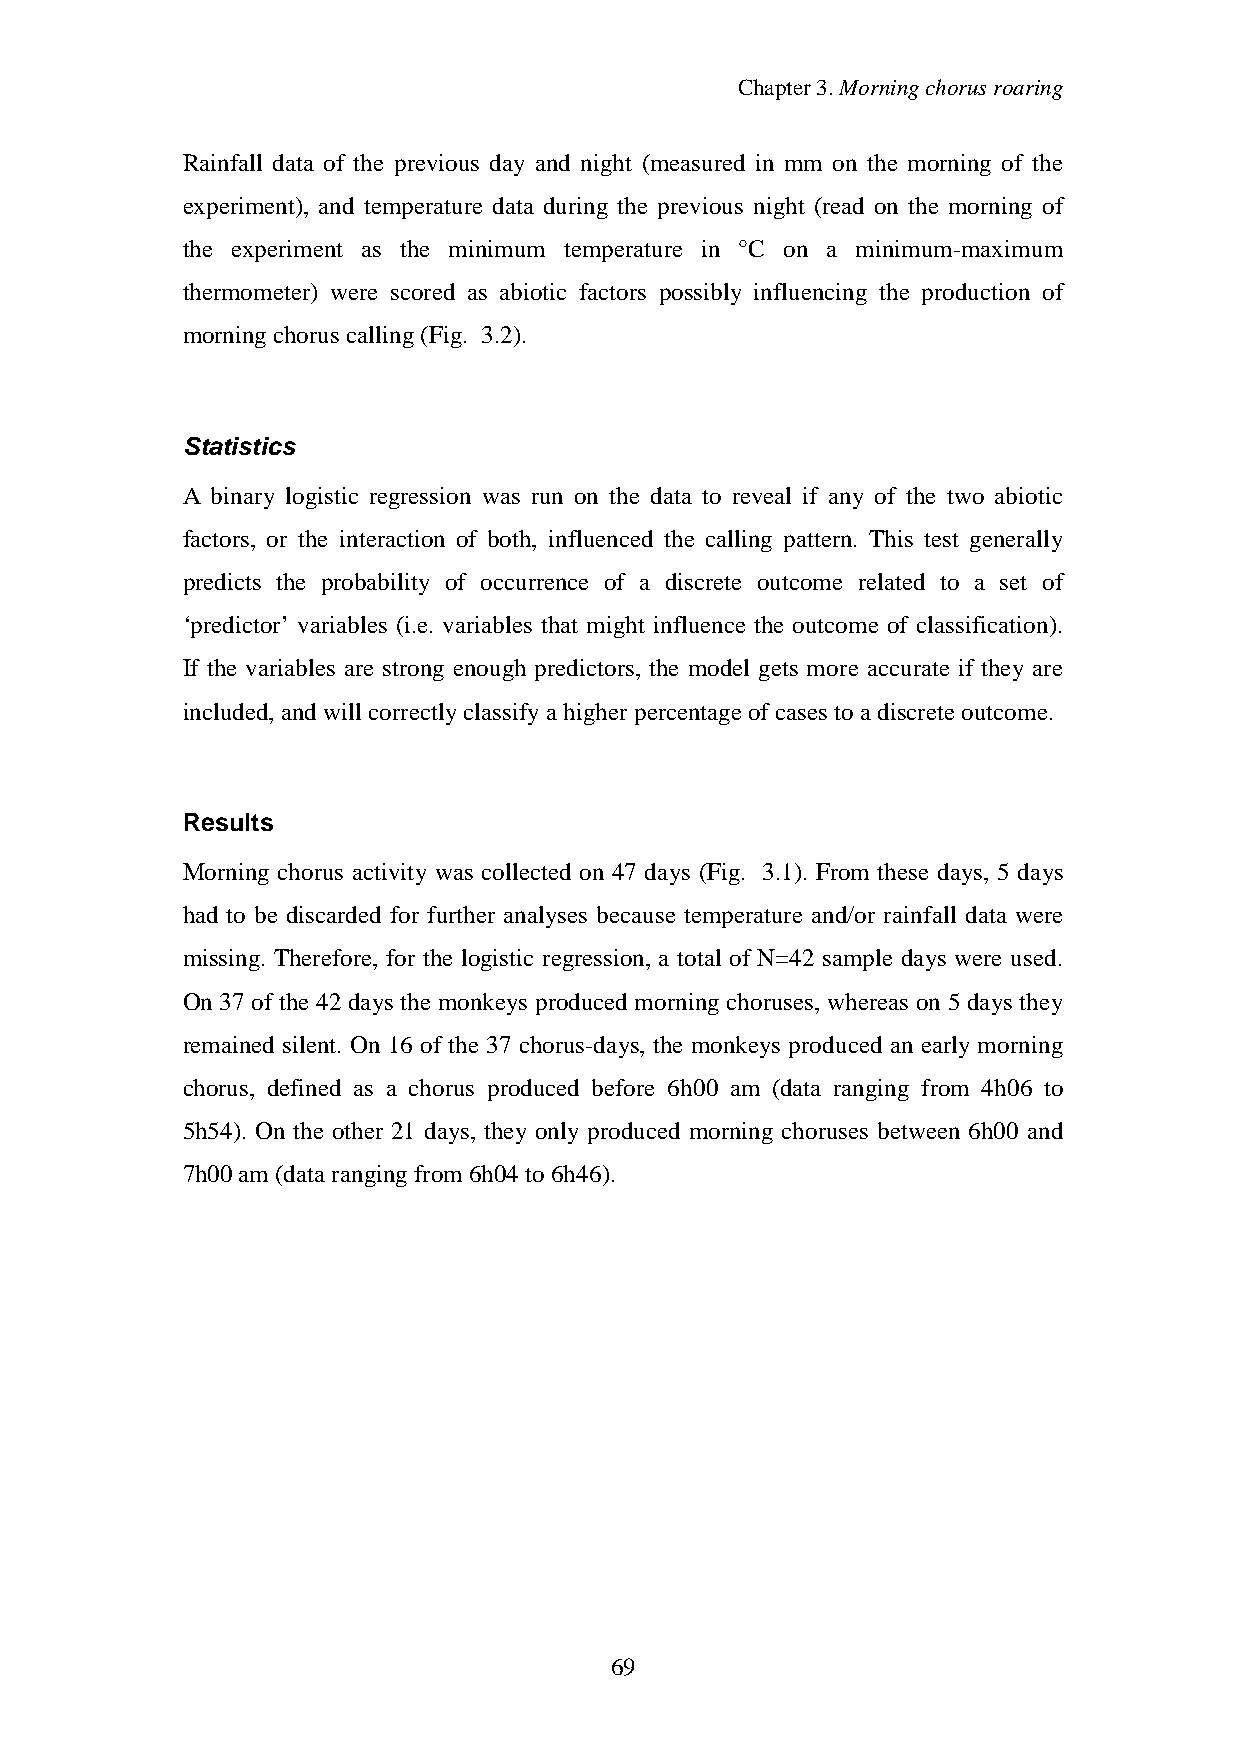
Chapter3.Morningchorusroaring
 Rainfall data of the previous day and night (measured in mm on the morning of the
 experiment), and temperature data during the previous night (read on the morning of
 the experiment as the minimum temperature in °C on a minimum-maximum
 thermometer) were scored as abiotic factors possibly influencing the production of
 morningchorus calling(Fig. 3.2).
 Statistics
 A binary logistic regression was run on the data to reveal if any of the two abiotic
 factors, or the interaction of both, influenced the calling pattern. This test generally
 predicts the probability of occurrence of a discrete outcome related to a set of
 ‘predictor’ variables (i.e. variables that might influence the outcome of classification).
 If the variables are strong enough predictors, the model gets more accurate if they are
 included,andwill correctlyclassifyahigherpercentageofcases toadiscreteoutcome.
 Results
 Morning chorus activity was collected on 47 days (Fig. 3.1). From these days, 5 days
 had to be discarded for further analyses because temperature and/or rainfall data were
 missing. Therefore, for the logistic regression, a total of N=42 sample days were used.
 On 37 of the 42 days the monkeys produced morning choruses, whereas on 5 days they
 remained silent. On 16 of the 37 chorus-days, the monkeys produced an early morning
 chorus, defined as a chorus produced before 6h00 am (data ranging from 4h06 to
 5h54). On the other 21 days, they only produced morning choruses between 6h00 and
 7h00am (datarangingfrom 6h04to6h46).
 69